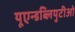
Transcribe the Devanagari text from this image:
यूएन्डब्लियुटीओ